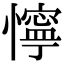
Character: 懧